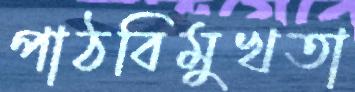
পাঠবিমুখতা